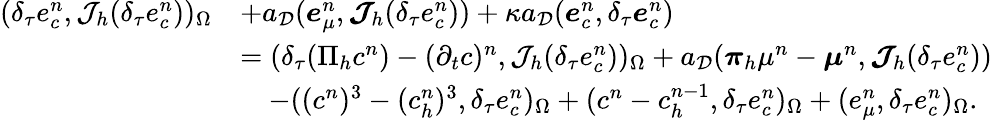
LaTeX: \begin{array}{rl}{(\delta_{\tau}e_{c}^{n},\mathcal{J}_{h}(\delta_{\tau}e_{c}^{n}))_{\Omega}}&{+a_{\mathcal{D}}(\boldsymbol{e}_{\mu}^{n},\boldsymbol{\mathcal{J}}_{h}(\delta_{\tau}e_{c}^{n}))+\kappa a_{\mathcal{D}}(\boldsymbol{e}_{c}^{n},\delta_{\tau}\boldsymbol{e}_{c}^{n})}\\ &{=(\delta_{\tau}(\Pi_{h}c^{n})-(\partial_{t}c)^{n},\mathcal{J}_{h}(\delta_{\tau}e_{c}^{n}))_{\Omega}+a_{\mathcal{D}}(\boldsymbol{\pi}_{h}\mu^{n}-\boldsymbol{\mu}^{n},\boldsymbol{\mathcal{J}}_{h}(\delta_{\tau}e_{c}^{n}))}\\ &{\quad-((c^{n})^{3}-(c_{h}^{n})^{3},\delta_{\tau}e_{c}^{n})_{\Omega}+(c^{n}-c_{h}^{n-1},\delta_{\tau}e_{c}^{n})_{\Omega}+(e_{\mu}^{n},\delta_{\tau}e_{c}^{n})_{\Omega}.}\end{array}